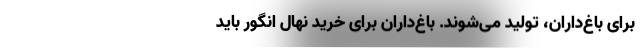
برای باغ‌داران، تولید می‌شوند. باغ‌داران برای خرید نهال انگور باید